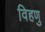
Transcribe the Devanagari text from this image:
विहणु